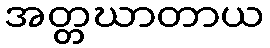
အတ္တဃာတာယ